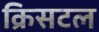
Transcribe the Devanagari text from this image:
क्रिसटल